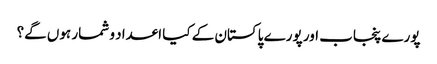
پورے پنجاب اور پورے پاکستان کے کیا اعداد و شمار ہوں گے؟